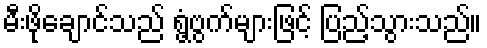
မီးဖိုချောင်သည် ရွံ့ဗွက်များဖြင့် ပြည့်သွားသည်။